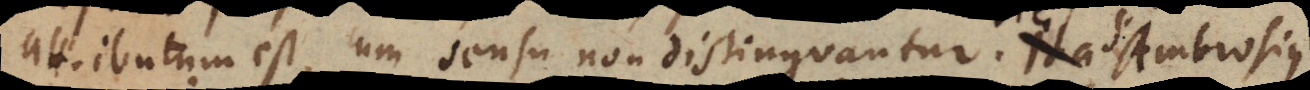
attributum est, cum sensu non distinguantur. Ita Ambrosius